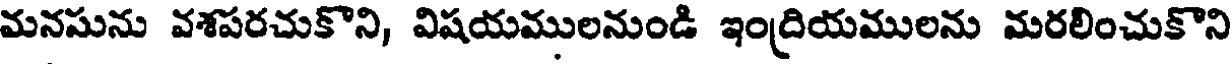
మనసును వశపరచుకొని, విషయములనుండి ఇంద్రియములను మరలించుకొని